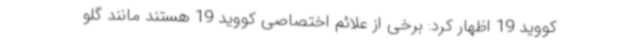
کووید 19 اظهار کرد: برخی از علائم اختصاصی کووید 19 هستند مانند گلو